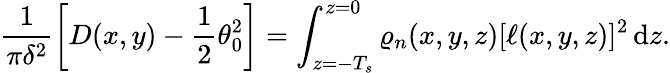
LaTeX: \frac{1}{\pi\delta^{2}}\left[D(x,y)-\frac{1}{2}\theta_{0}^{2}\right]=\int_{z=-T_{s}}^{z=0}\varrho_{n}(x,y,z)[\ell(x,y,z)]^{2}\, \mathrm{d}z.